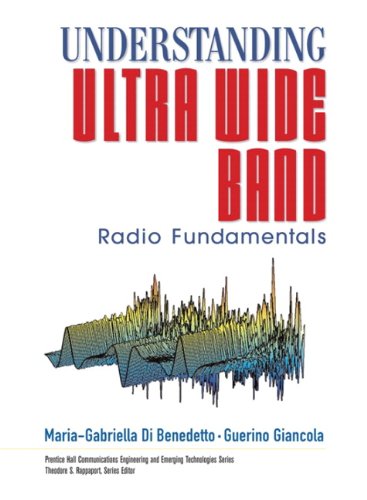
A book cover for Understanding Ultra Wide Band Radio Fundamentals; Maria-Gabriella Di Benedetto; Computers & Technology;